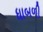
ધાબળી